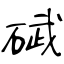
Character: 碔